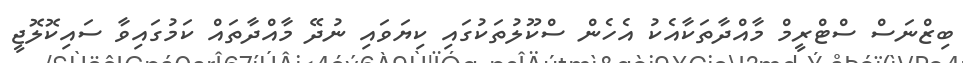
ބިޒްނަސް ސްޓްރީމް މާއްދާތަކާއެކު އެހެން ސްކޫލުތަކުގައި ކިޔަވައި ނުދޭ މާއްދާތައް ކަމުގައިވާ ސައިކޮލޮޖީ